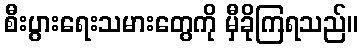
စီးပွားရေးသမားတွေကို မှီခိုကြရသည်။